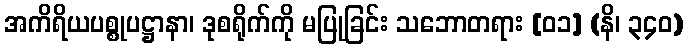
အကိရိယပစ္စုပဋ္ဌာနာ၊ ဒုစရိုက်ကို မပြုခြင်း သဘောတရား [၀၁] (နိ၊ ၃၄၀)